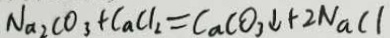
N a _ { 2 } C O _ { 3 } + C a C l _ { 2 } = C a C O _ { 3 } \downarrow + 2 N a C l